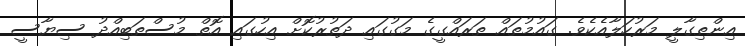
އިންތިގާލީ މަރުހަލާއެކެވެ. ގައުމުތައް ތަރައްގީގެ މަގުގައި ދަތުރުކޮށް އިހުގައި އޮތް މުސްތަބިއްދު ސިޔާސީ